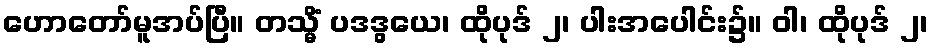
ဟောတော်မူအပ်ပြီ။ တသ္မိံ ပဒဒွယေ၊ ထိုပုဒ် ၂၊ ပါးအပေါင်း၌။ ဝါ၊ ထိုပုဒ် ၂၊